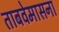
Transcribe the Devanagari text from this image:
ताबवेमासना